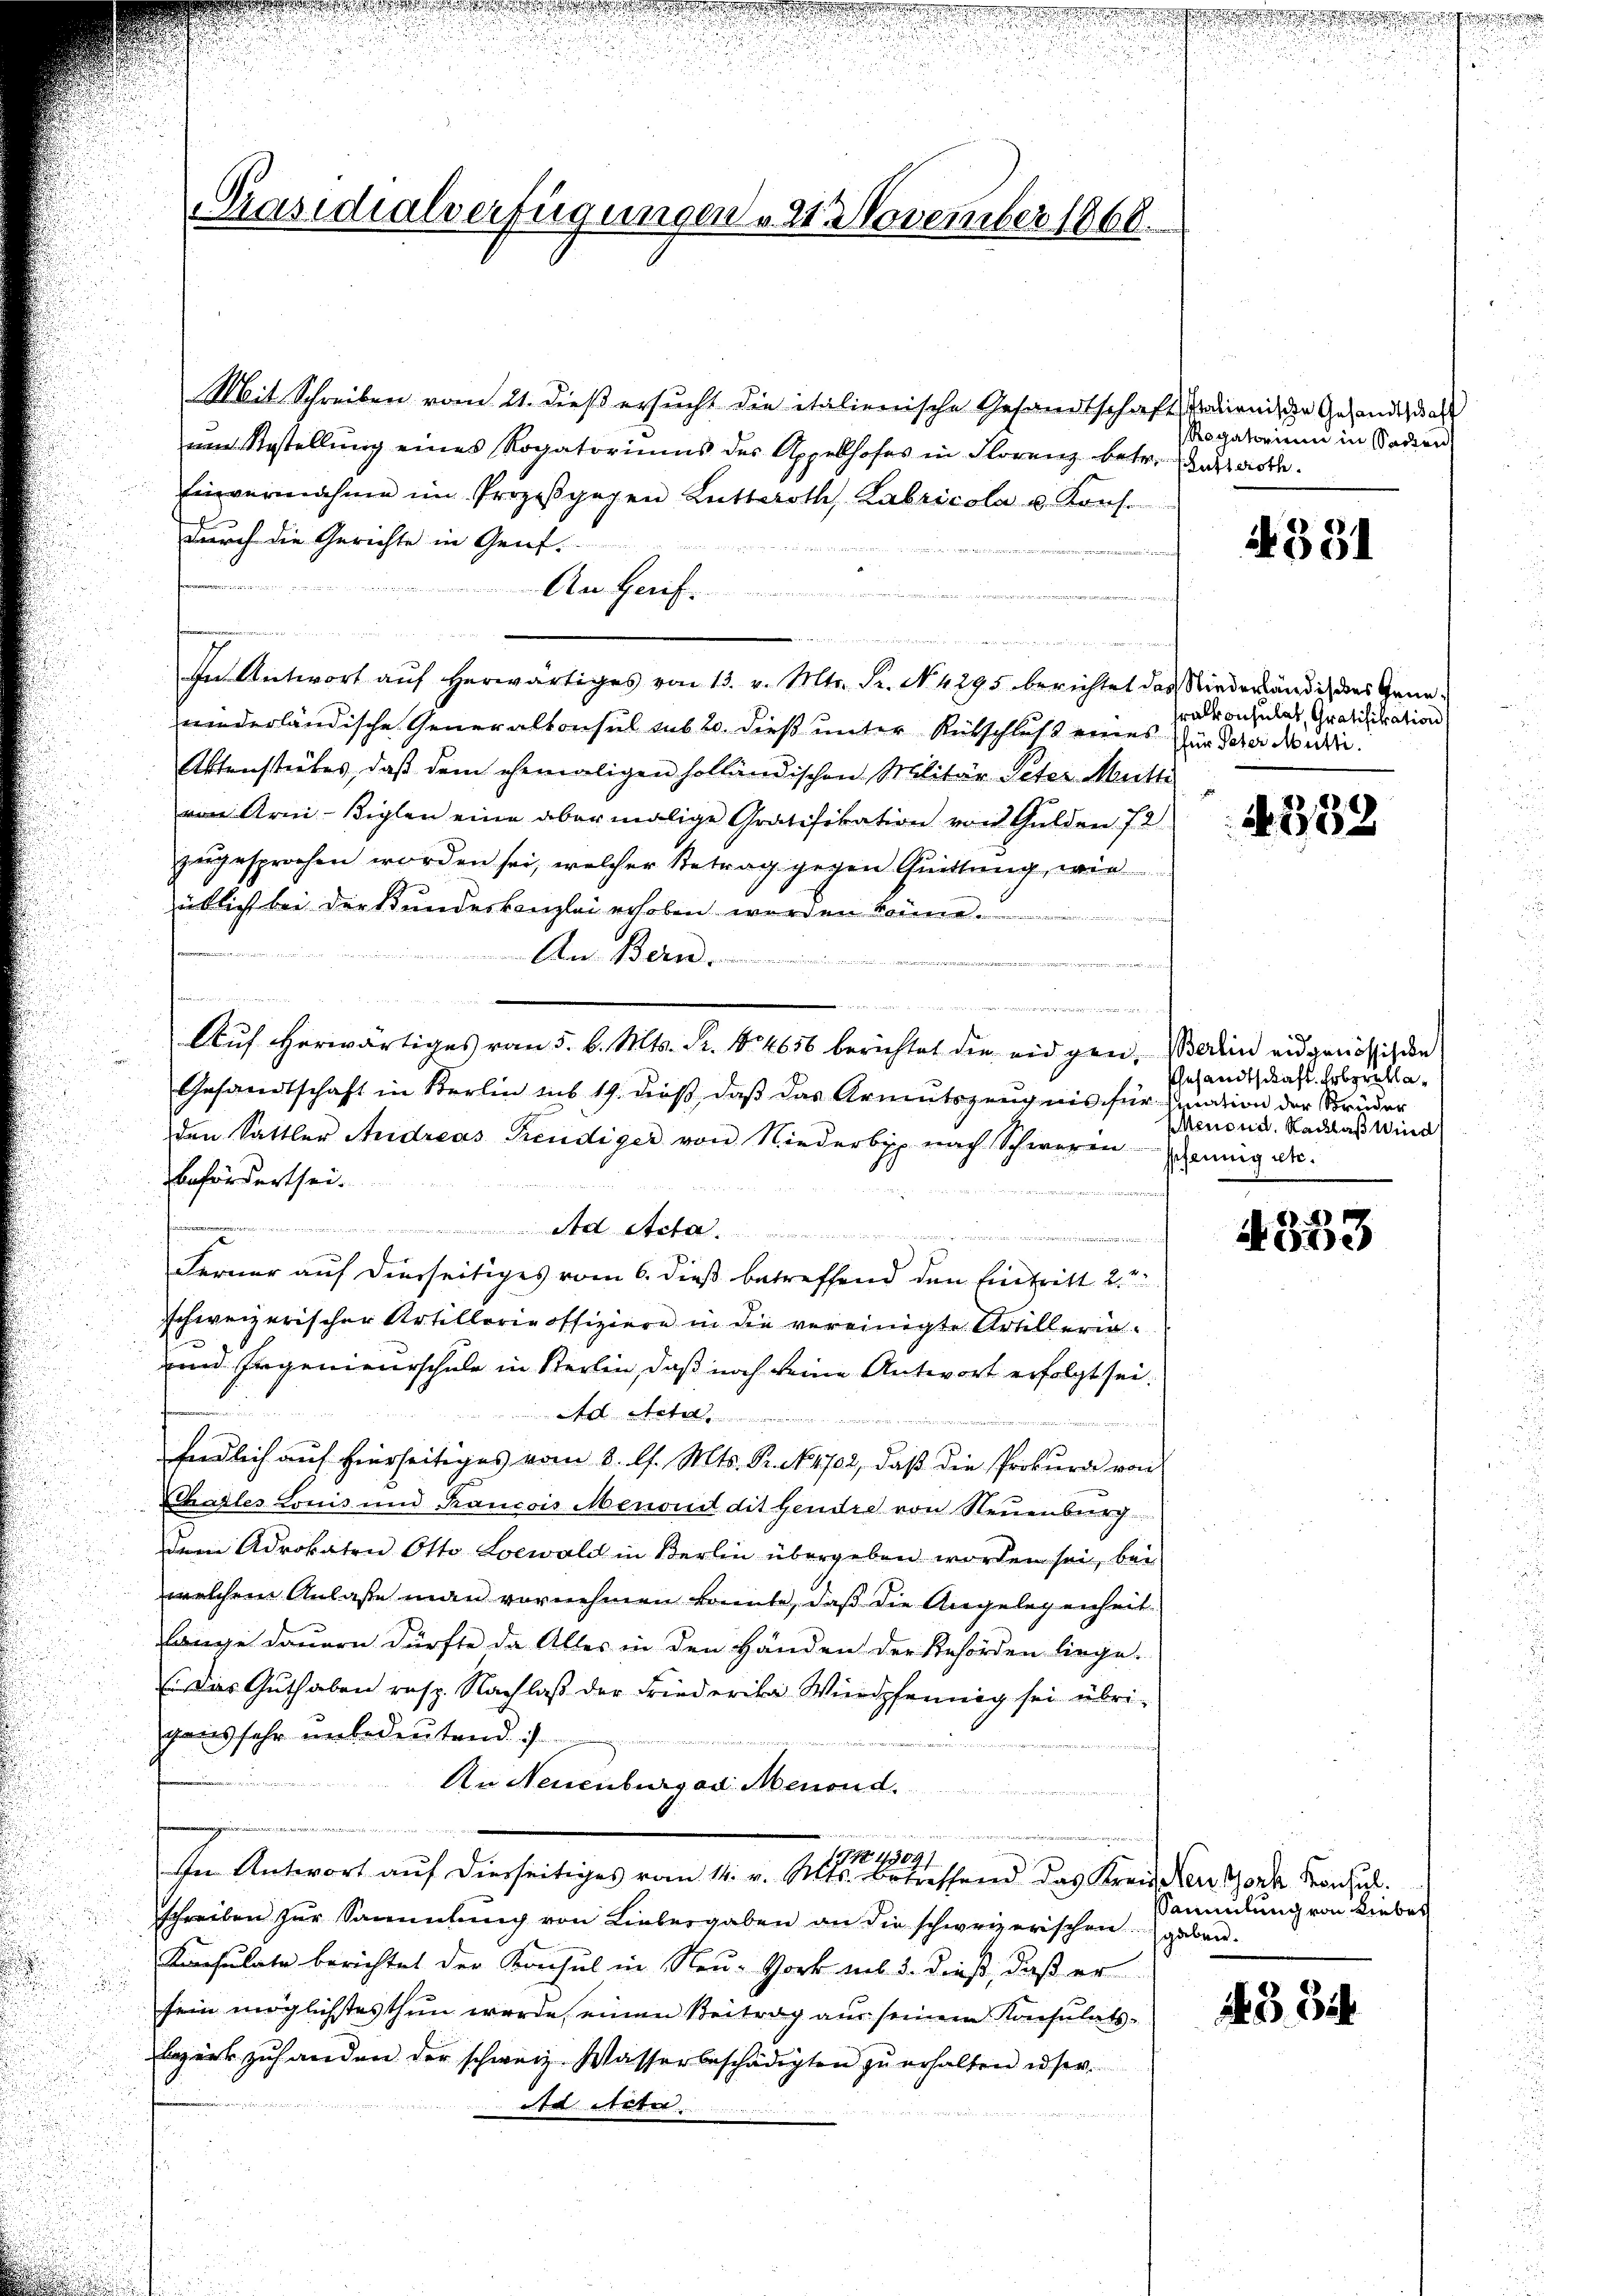
Präsidialverfügungen u. 212 November 1866.

Mit Schreiben vom 21. dieß ersucht die italienische Gesandtschaf
um Restellŭng eines Rogatoriums des Appellhofes in Florenz betr.
Einvernahme im Prozeβgegen Lutteroth Labricola u. Kons.
durch die Gerichte in Genf.

s
A
den wir
In Antwort aŭf herwärtiges von 13. v. Mtr. Fr. No. 4295 berichtet das Niederländis des Geneniderländische Generalkonsul sub 20. dieß unter Rütschluß eines
Aktenstückes, daß dem ehemaligen holländischen Militär Peter Mutte
von Arn-Biglen eine abermalige Gratifikation von Gulden 72
zugesprochen worden sei, welcher Betrag gegen Quittung, wie
üblich bei der Bundeskanzlei erhoben werden könne.
e
An Ber

n
 en einen
Auf herwärtiges vom 5. d. Mts. Fr. 4656 berichtet die eidgen. Berein eidgenössigen
Gesandtschaft in Berlin sub 19. dieß, daß das Armutszeugnis für undion der Brüder
den Sattler Andreas Freudiger von Niederbis nach Schweren Jennig etc.
befördert sei.
n

n
Ferner auf dierseitiges vom 6. dieß betreffend den Eintritt 2
schweizerischer Artillerie offiziere in die vereinigte Artillerigunnd Ingenieurschule in Sterlin, daß noch keine Antwort erfolgt sei.
A titel
Endlich auf hierseitiges vom 8. l. Mts. Dr. No. 1702, daß die Prokura von
Cchalles Lonis und Krancois Menoud dit Gendre von Neuenburg
dem Advokaten Otto Loewald in Berlin übergeben worden sei, bei
welchem Anlaße man vornehmen konnte, daß die Angelegenheit
lange dauern dürfte da Alles in den Händen der Behörden liege.
 Das Guthaben resp. Nachlaß der Friederika Wirdpfennig sei übri-
gans sehr unbedeutend.
An Neuenburger Menond.
u
1443091
In Antwort auf diesseitiges vom 14. v. Mts. betreffend das Kreiden noch Konsuch
schreiben zur Sammlung von Liebergaben an die schweizerischengaben.
Konsulate berichtet der Konsul in Neu-Gork mit 3. dieß, daß er
sein möglichstes thun werde, einen Beitrag aus seinem Konsulats-
Bezirk zŭ handen der schweiz. Wasserbeschädigten zŭ erhalten user.
ad Acta.

2Italionische Gesandtschaft
Regatorium in Sadten,
Butteroth

.
d

N 531

ralkonsulat, Gratifikation
für Peter Mutti.

4352

Gesandtschaft. Erbrechla¬
Menoud, Nachlaß Wind

4333

Sammlung von Lieber

4384